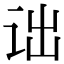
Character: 诎